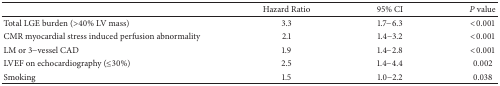
<table><thead><tr><td>[EMPTY_CELL]</td><td><b>Hazard Ratio</b></td><td><b>95% CI</b></td><td><b><i>P</i> value</b></td></tr></thead><tbody><tr><td>Total LGE burden (&gt;40% LV mass)</td><td>3.3</td><td>1.7−6.3</td><td>&lt;0.001</td></tr><tr><td>CMR myocardial stress induced perfusion abnormality</td><td>2.1</td><td>1.4−3.2</td><td>&lt;0.001</td></tr><tr><td>LM or 3−vessel CAD</td><td>1.9</td><td>1.4−2.8</td><td>&lt;0.001</td></tr><tr><td>LVEF on echocardiography (≤30%)</td><td>2.5</td><td>1.4−4.4</td><td>0.002</td></tr><tr><td>Smoking</td><td>1.5</td><td>1.0−2.2</td><td>0.038</td></tr></tbody></table>